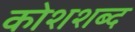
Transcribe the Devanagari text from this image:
कोशशब्द